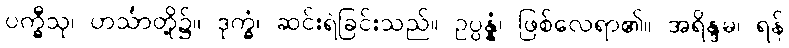
ပက္ခီသု၊ ဟင်္သာတို့၌။ ဒုက္ခံ၊ ဆင်းရဲခြင်းသည်။ ဥပ္ပန္နံ၊ ဖြစ်လေရာ၏။ အရိန္ဒမ၊ ရန်